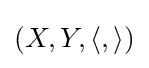
(X,Y,\langle ,\rangle )